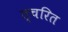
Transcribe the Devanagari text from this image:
त्चरित